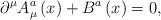
LaTeX: \begin{align*}\partial ^\mu A_\mu ^a\left(x\right)+ B^a\left(x\right) =0, \end{align*}